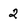
Character: 2